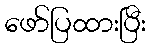
ဖော်ပြထားပြီး